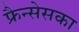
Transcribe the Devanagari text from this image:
फ्रैन्सेसका